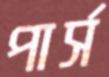
পার্স